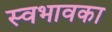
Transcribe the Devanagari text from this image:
स्वभावका